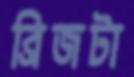
ব্রিজটা